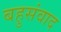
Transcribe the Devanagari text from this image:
बहुसंवाद